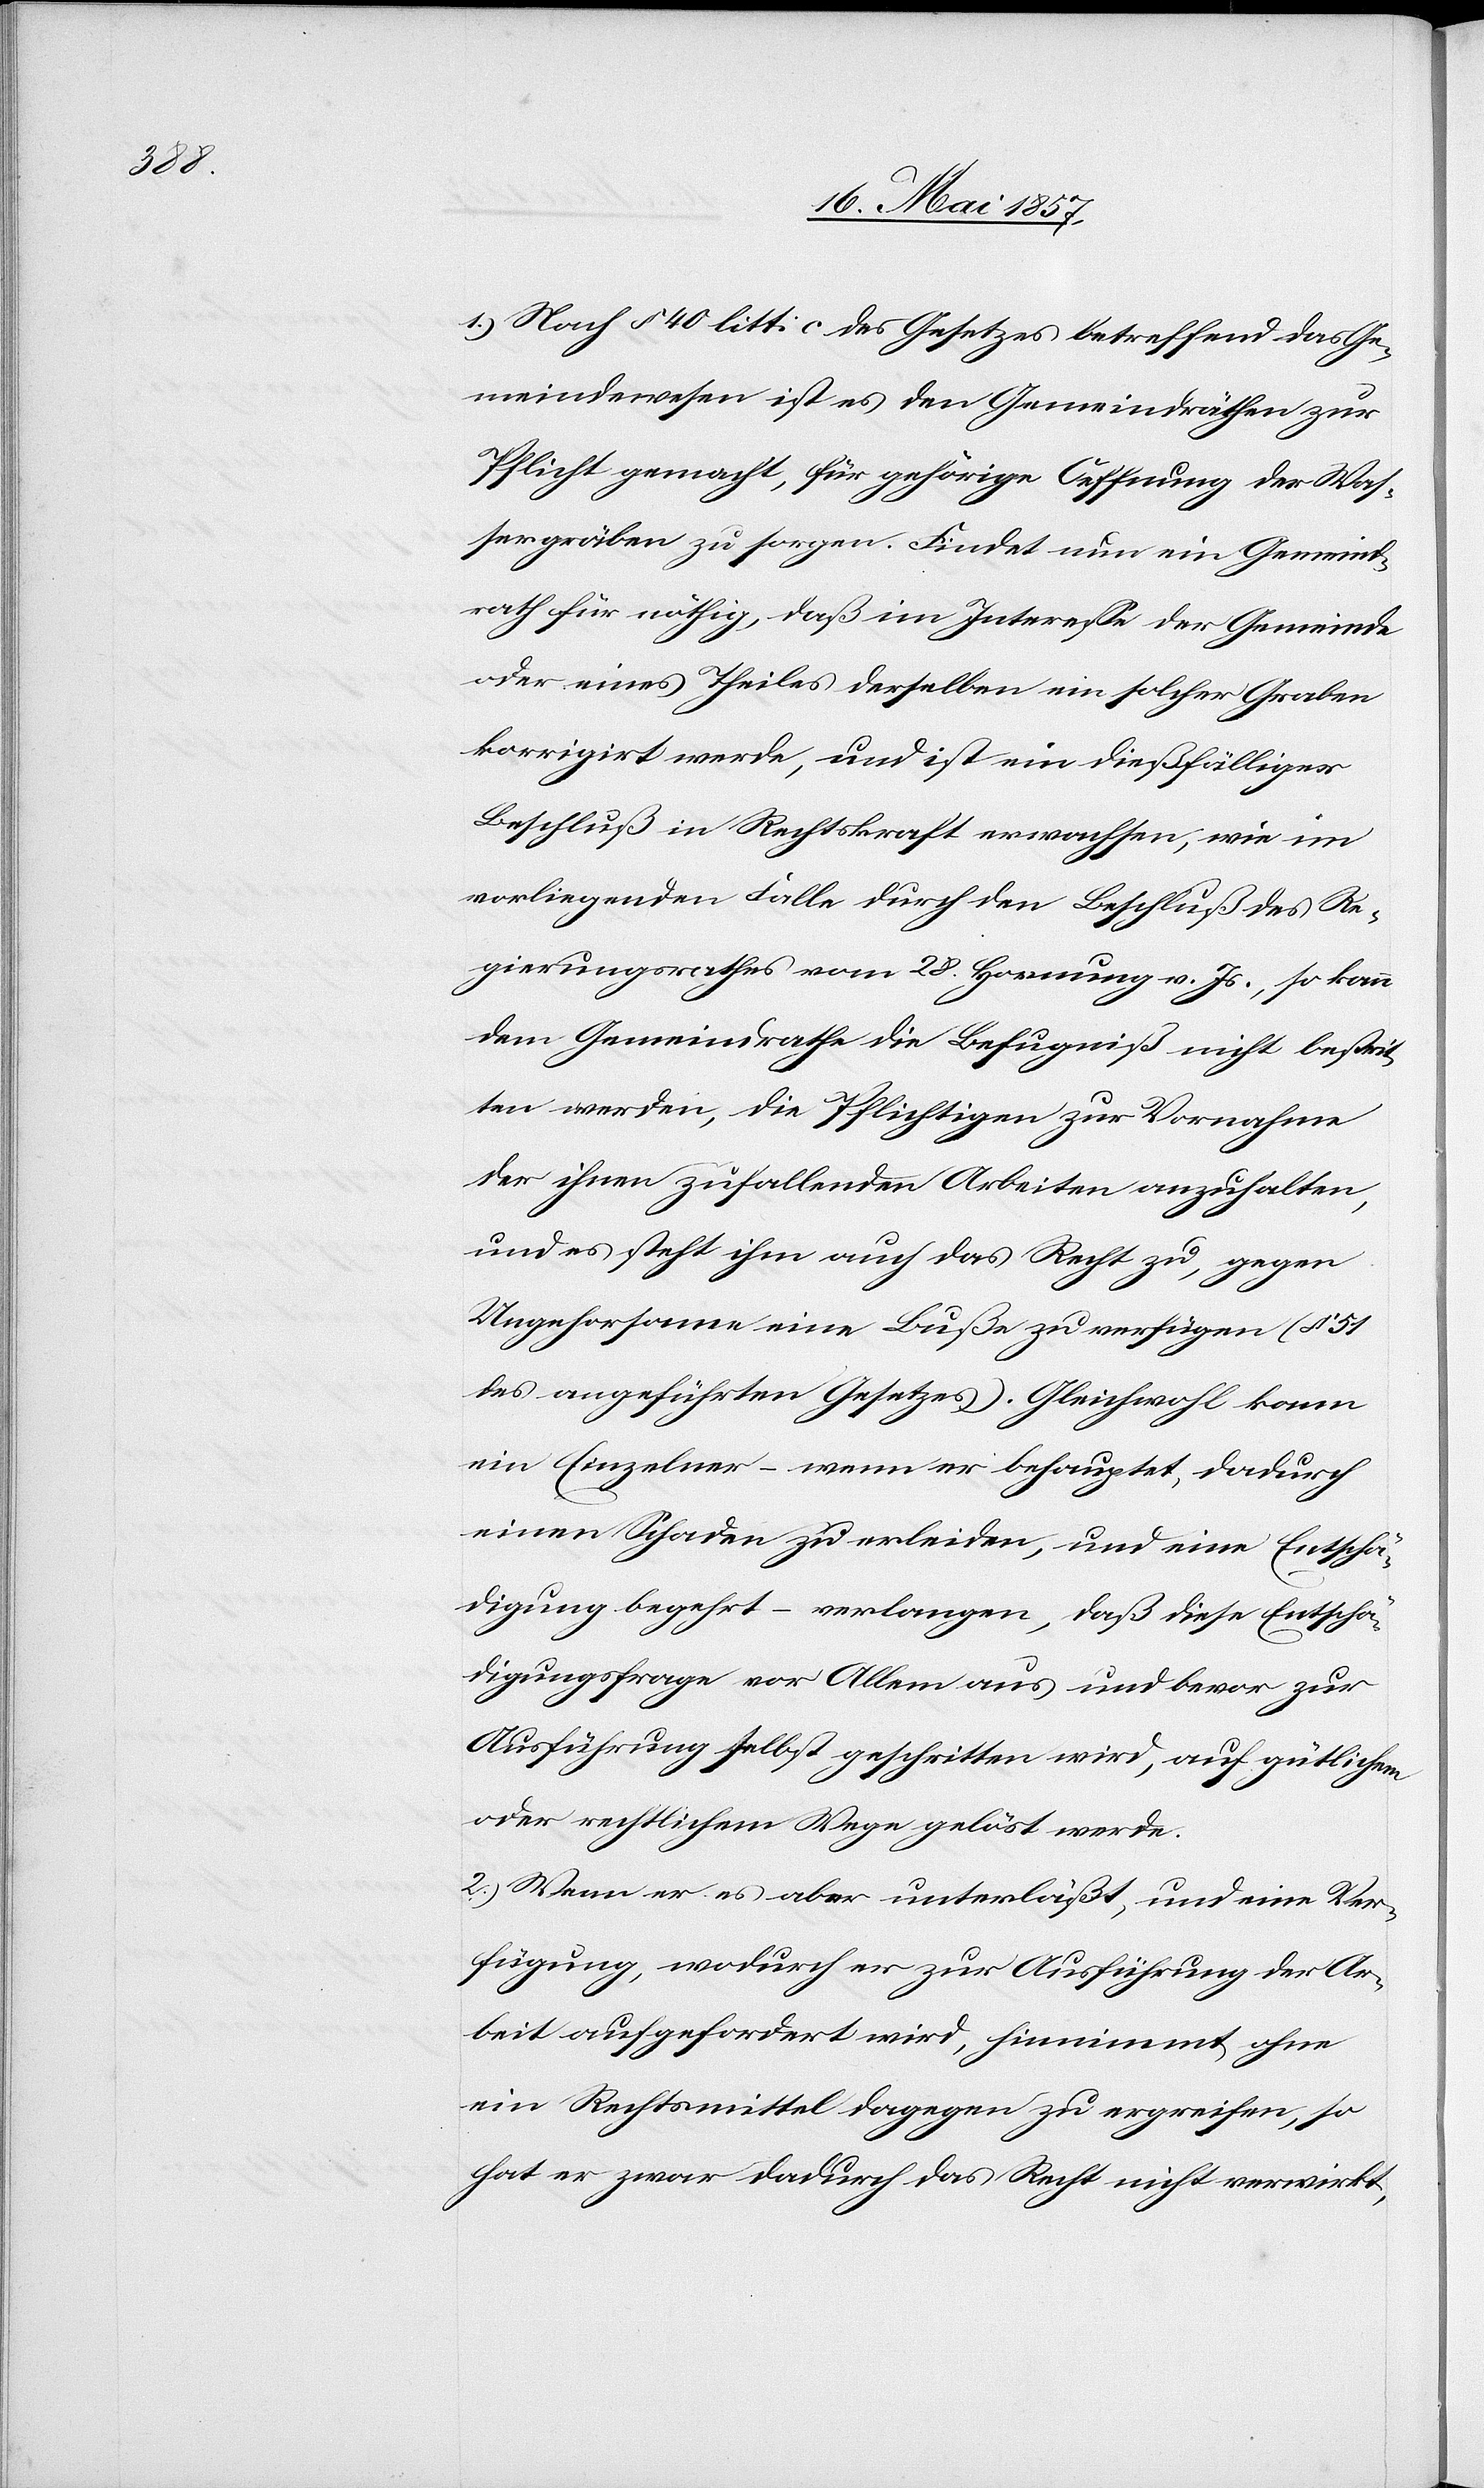
1.) Nach § 40 litt c des Gesetzes betreffend das Ge¬
meindewesen ist es den Gemeindräthen zur
Pflicht gemacht, für gehörige Oeffnung der Was¬
sergräben zu sorgen. Findet nun ein Gemeind¬
rath für nöthig, daß im Interesse der Gemeinde
oder eines Theiles derselben ein solcher Graben
korrigirt werde, und ist ein dießfälliger
Beschluß in Rechtskraft erwachsen, wie im
vorliegenden Falle durch den Beschluß des Re¬
gierungsrathes vom 28 Hornung v. Js., so kann
dem Gemeindrathe die Befugniß nicht bestrit¬
ten werden, die Pflichtigen zur Vornahme
der ihnen zufallenden Arbeiten anzuhalten,
und es steht ihm auch das Recht zu, gegen
Ungehorsame eine Buße zu verfügen (§ 51
des angeführten Gesetzes). Gleichwohl kann
ein Einzelner – wenn er behauptet, dadurch
einen Schaden zu erleiden, und eine Entschä¬
digung begehrt – verlangen, daß diese Entschä¬
digungsfrage vor Allem aus und bevor zur
Ausführung selbst geschritten wird, auf gütlichem
oder rechtlichem Wege gelöst werde.
2.) Wenn er es aber unterläßt, und eine Ver¬
fügung, wodurch er zur Ausführung der Ar¬
beit aufgefordert wird, hinnimmt ohne
ein Rechtsmittel dagegen zu ergreifen, so
hat er zwar dadurch das Recht nicht verwirkt,